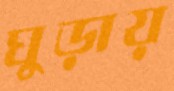
ঘুড়ায়